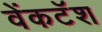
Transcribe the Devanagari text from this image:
वेंकटॅश